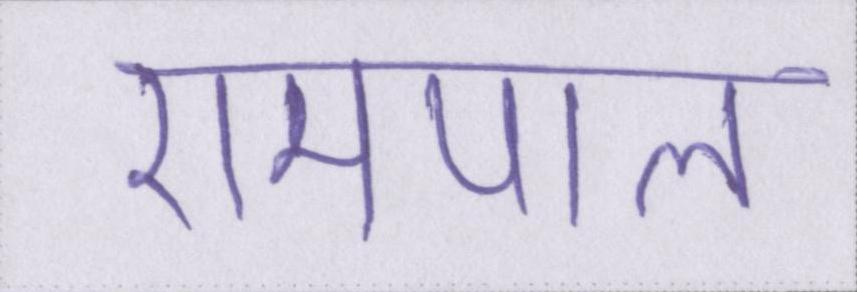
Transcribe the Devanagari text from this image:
रामपाल